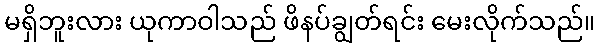
မရှိဘူးလား ယုကာဝါသည် ဖိနပ်ချွတ်ရင်း မေးလိုက်သည်။